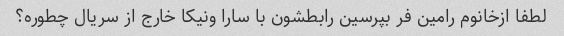
لطفا ازخانوم رامین فر بپرسین رابطشون با سارا ونیکا خارج از سریال چطوره؟